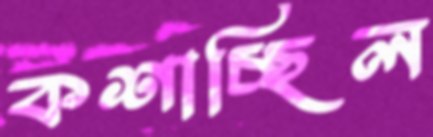
কশাচ্ছিল